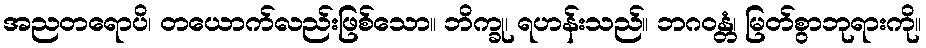
အညတရောပိ၊ တယောက်လည်းဖြစ်သော။ ဘိက္ခု၊ ရဟန်းသည်။ ဘဂဝန္တံ၊ မြတ်စွာဘုရားကို။